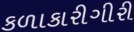
કળાકારીગીરી